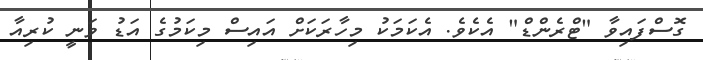
ގޮސްފައިވާ "ޓްރެންޑް" އެކެވެ. އެކަމަކު މިހާރަކަށް އައިސް މިކަމުގެ އަޑު ވަނީ ކުރިއާ